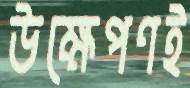
উক্ষেপণই